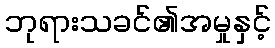
ဘုရားသခင်၏အမှုနှင့်